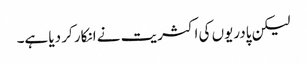
لیکن پادریوں کی اکثریت نے انکار کر دیا ہے۔